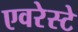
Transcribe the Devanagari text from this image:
एवरेस्‍टे